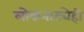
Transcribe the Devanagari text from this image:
लोकनाट्येही